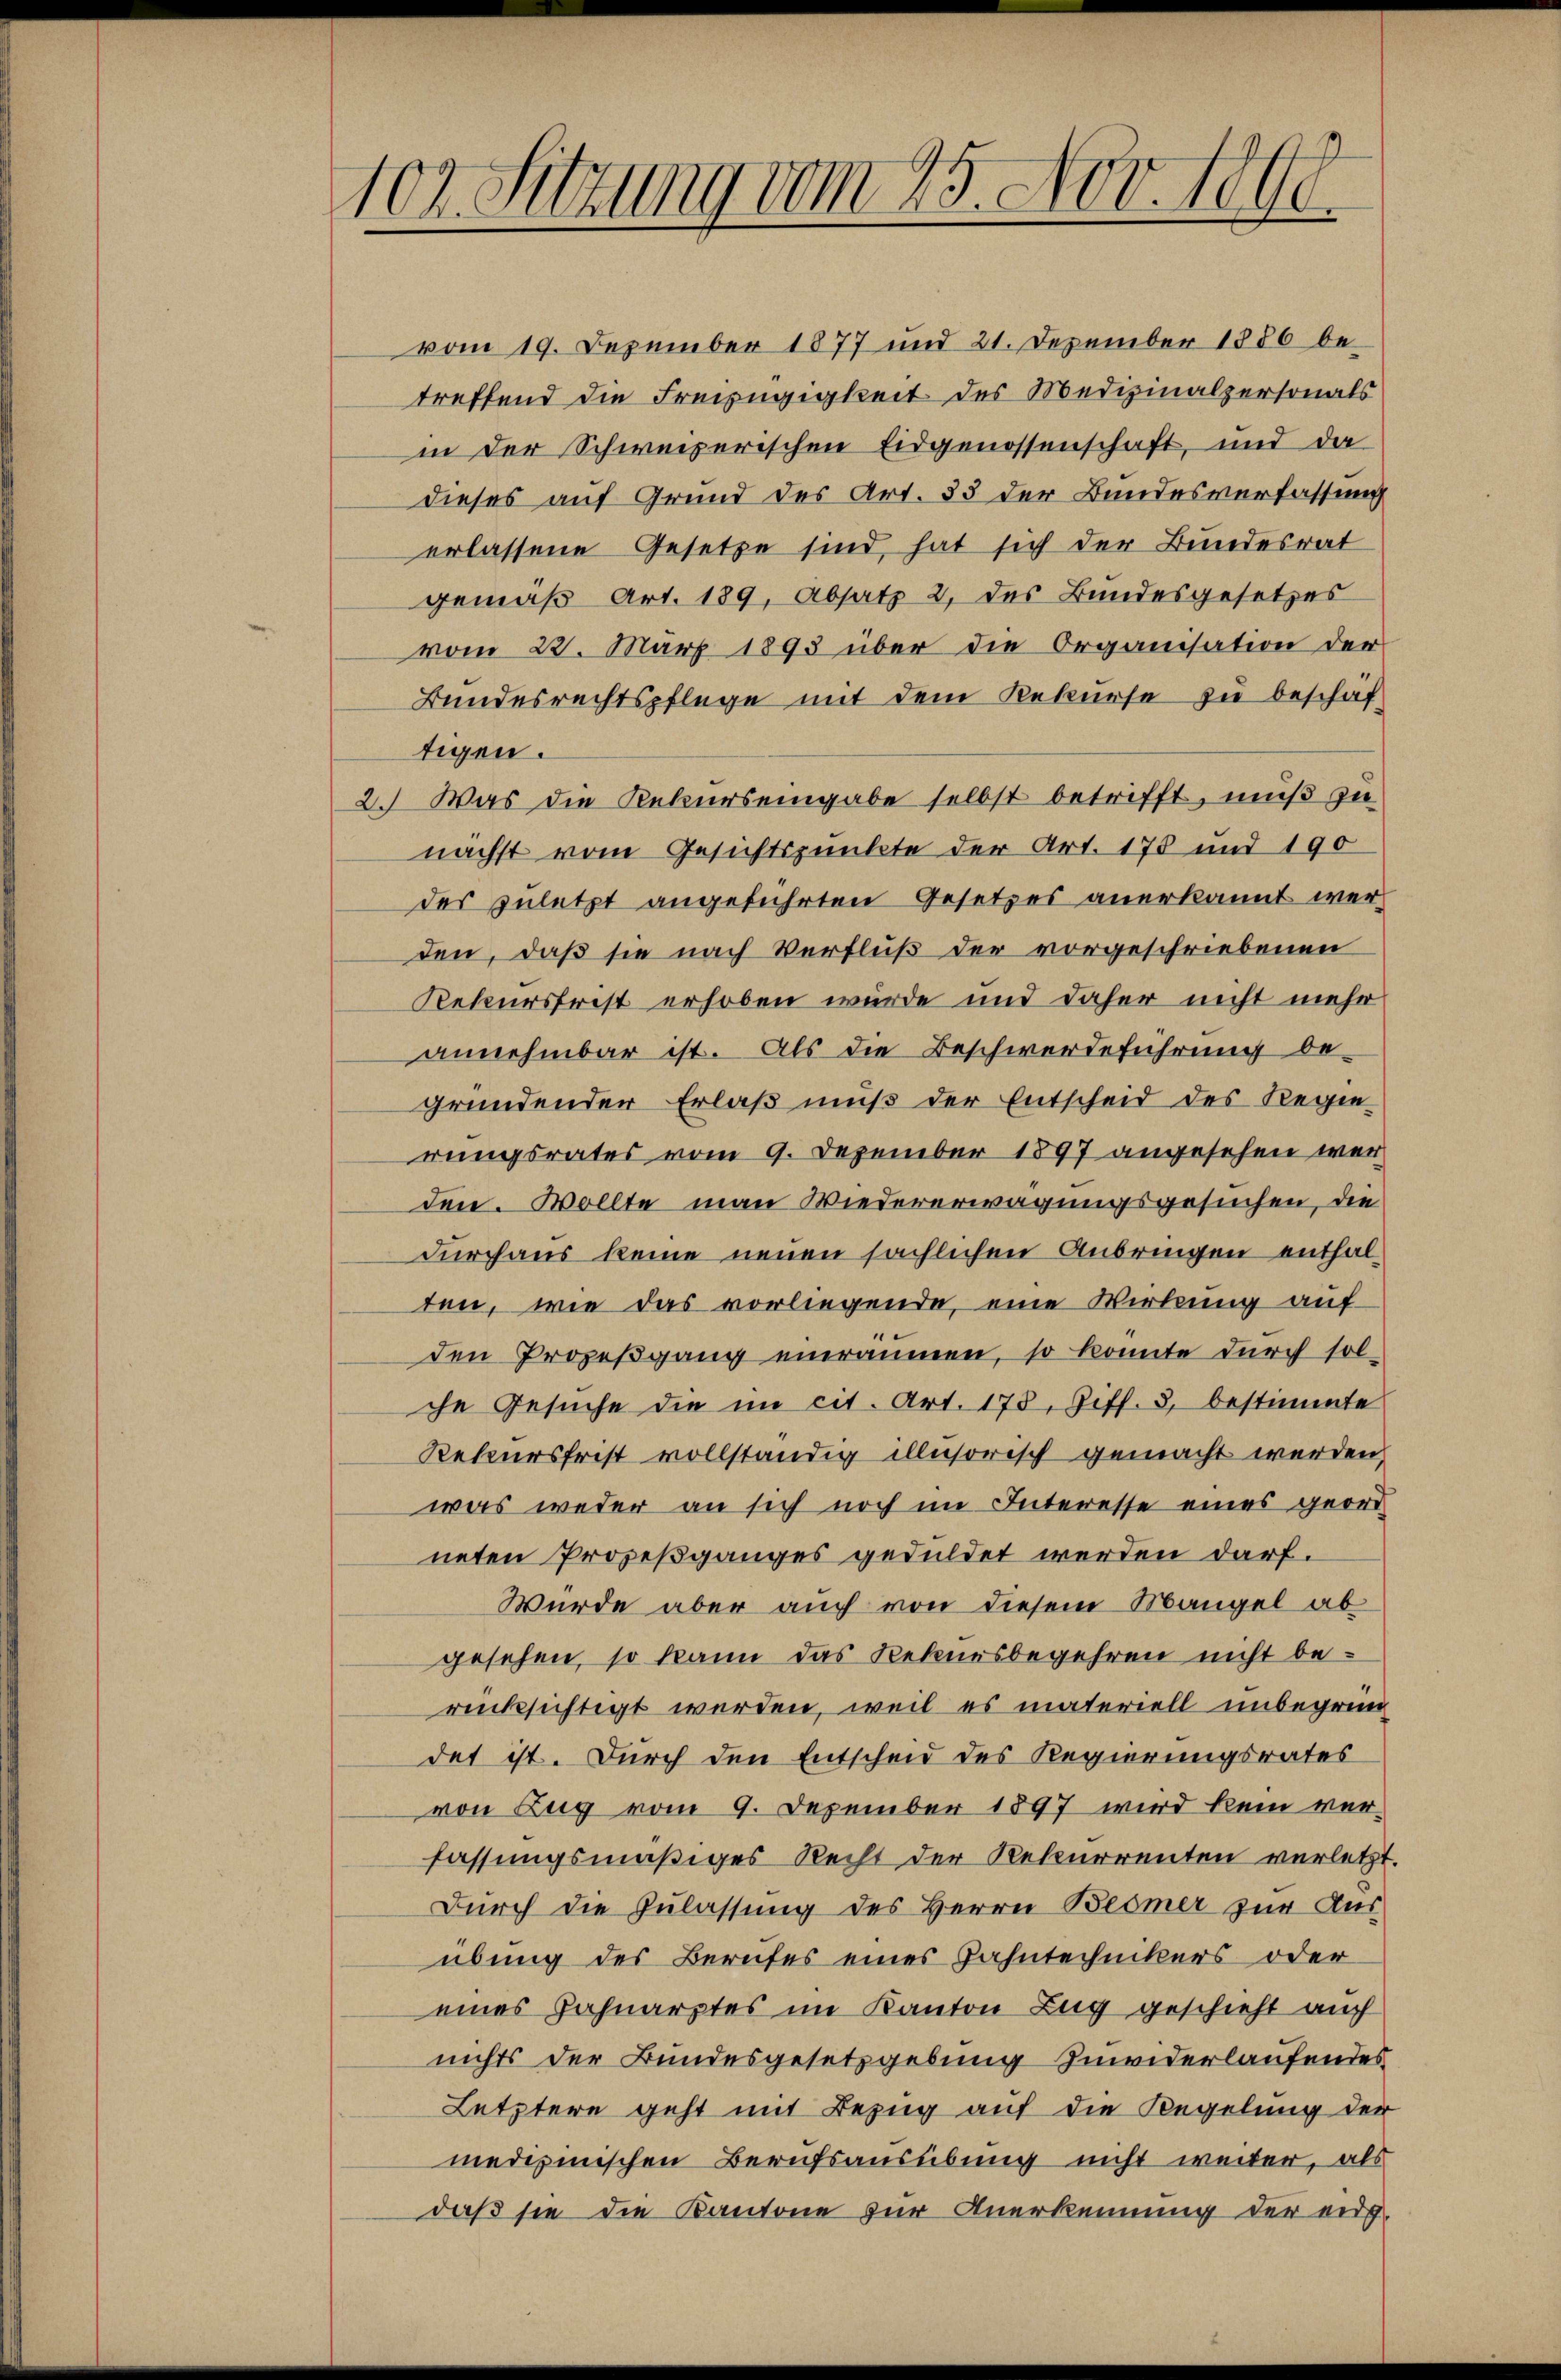
102. Sitzung vom 25. Nov. 1890

vom 19. Dezember 1877 und 21. Dezember 1886 be-
treffend die Freizügigkeit des Medizinalpersonals
in der Schweizerischen Eidgenossenschaft, und da
dieses auf Grund des Art. 35 der Bundesverfassung
erlassene Gesetze sind, hat sich der Bundesrat
gemäß Art. 189, Absatz 2 des Bundesgesetzes
vom 22. März 1893 über die Organisation der
Bundesrechtspflege mit dem Rekurse zu beschäf
tigen.
2. Was die Rekurs eingabe selbst betrifft, muß zu
nächst vom Gesichtspunkte der Art. 178 und 190
des zuletzt angeführten Gesetzes anerkannt werden, daß sie nach Verfluß der vorgeschriebenen
Rekursfrist erhoben würde und daher nicht mehr
annehmbar ist. Als die Beschwerdeführung be-
gründender Erlaß muß der Entscheid des Regie
rungsrates vom 9. Dezember 1897 angesehen wer
den. Wollte man Wiedererwägungsgesuchen, die
Durchaus keine neuen sächlichen Anbringen enthalten, wie das vorliegende, eine Wirkung auf
den Prozeßgang einräumen, so konnte durch sol-
che Gesuche die im cit. Art. 178, Ziff. 3, bestimmte
Rekursfrist vollständig illusorisch gemacht werden,
was weder an sich noch im Interesse eines geord
neten Prozeßganges geduldet werden darf.
Würde aber auch von diesem Mangel ab
gesehen, so kann das Rekursbegehren nicht berücksichtigt werden, weil es materiell unbegründet ist. Durch den Entscheid des Regierungsrates
von Zug vom 9. Dezember 1897 wird kein ver-
fassungsmäßiges Recht der Rekurrenten verletzt.
Durch die Zulassung des Herrn Bemer zur Aus-
übung des Berufes eines Zahntechnikers oder
eines Zahnarztes im Kanton Zug geschieht auch
nichts der Bundesgesetzgebung zuwiderlaufendes
Letztere geht mit Bezug auf die Regelung der
medizinischen Berufsausübung nicht weiter, als
daß sie die Kantone zur Anerkennung der eidg.